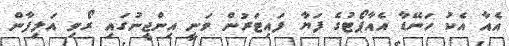
އެއާ އެކު ހަނޭޑާ އެއާޕޯޓުގެ ފަޔާ ފައިޓަރުން ވަނީ އިންޖީނުގައި ރޯވި އަލިފާން